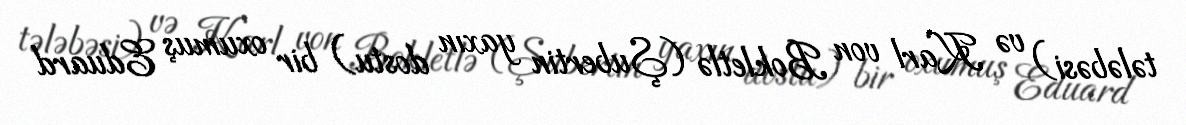
tələbəsi) və Karl von Bokletlə (Şubertin yaxın dostu) bir oxumuş Eduard